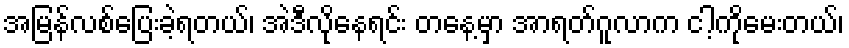
အမြန်လစ်ပြေးခဲ့ရတယ်၊ အဲဒီလိုနေရင်း တနေ့မှာ အာရတ်ဂူလာက ငါ့ကိုမေးတယ်၊